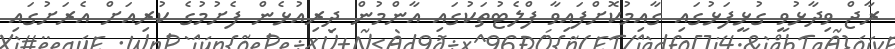
ރާޖް ވިދާޅުވީ ގުޅީފަޅުގައި ގާއިމުކޮށްފައިވާ ފްލެޓުތަކުގައި އާންމުން ދިރިއުޅެން ފެށުމުގެ ކުރިއަށް އެރަށުގައި